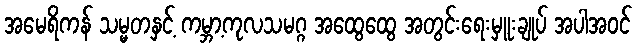
အမေရိကန် သမ္မတနှင့် ကမ္ဘာ့ကုလသမဂ္ဂ အထွေထွေ အတွင်းရေးမှူးချုပ် အပါအဝင်